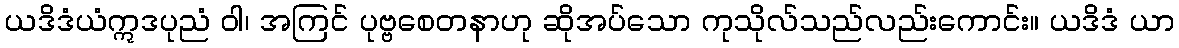
ယဒိဒံယံဣဒပုညံ ဝါ၊ အကြင် ပုဗ္ဗစေတနာဟု ဆိုအပ်သော ကုသိုလ်သည်လည်းကောင်း။ ယဒိဒံ ယာ